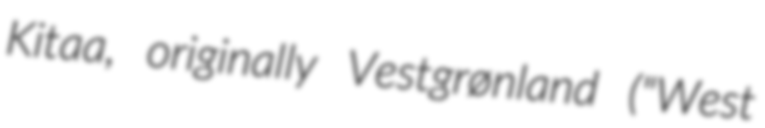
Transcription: Kitaa, originally Vestgrønland ("West